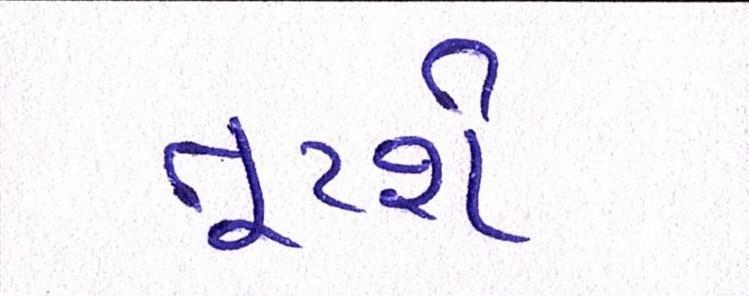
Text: તૂટશે